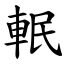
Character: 䡑